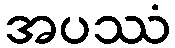
အပဿံ